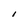
Character: l